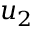
u _ { 2 }